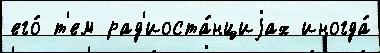
его́ т'ем рад'иоста́нциjах иногда́